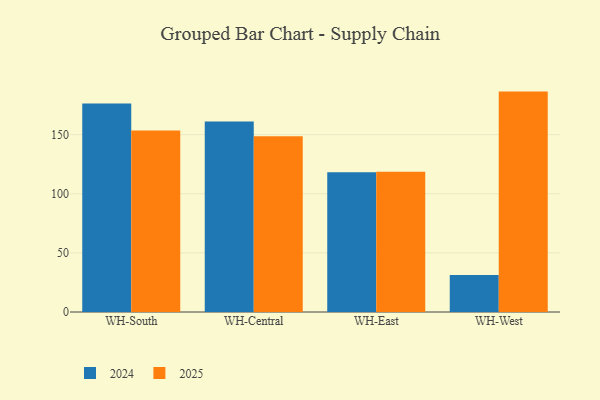
{"axis": {"x": "Warehouse", "y": "Production Output"}, "legend": ["2024", "2025"], "data": [{"x": "WH-South", "y": 176.3, "type": "2024"}, {"x": "WH-South", "y": 153.4, "type": "2025"}, {"x": "WH-Central", "y": 161.1, "type": "2024"}, {"x": "WH-Central", "y": 148.6, "type": "2025"}, {"x": "WH-East", "y": 118.2, "type": "2024"}, {"x": "WH-East", "y": 118.7, "type": "2025"}, {"x": "WH-West", "y": 31.2, "type": "2024"}, {"x": "WH-West", "y": 186.4, "type": "2025"}]}